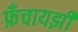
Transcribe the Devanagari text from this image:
फ्रँचायझी